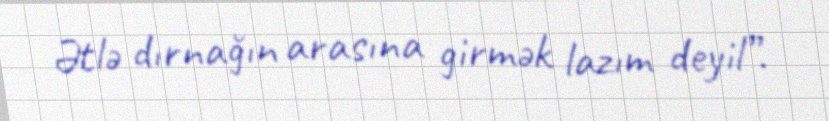
Ətlə dırnağın arasına girmək lazım deyil”.